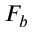
F _ { b }